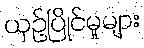
ယှဉ်ပြိုင်မှုများ